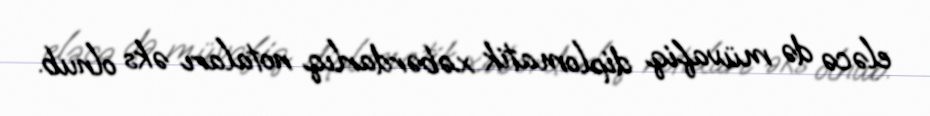
eləcə də müvafiq diplomatik xəbərdarlıq notaları əks olnub.